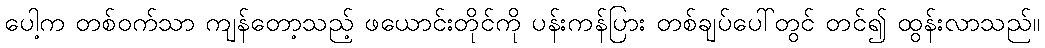
ပေါ့က တစ်ဝက်သာ ကျန်တော့သည့် ဖယောင်းတိုင်ကို ပန်းကန်ပြား တစ်ချပ်ပေါ်တွင် တင်၍ ထွန်းလာသည်။